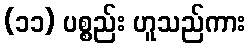
(၁၁) ပစ္စည်း ဟူသည်ကား